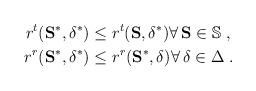
LaTeX: \begin{align*}r^t(\mathbf{S}^*, \delta^*) &\leq r^t(\mathbf{S}, \delta^*) \forall \,\mathbf{S} \in \mathbb{S}\;, \\r^r(\mathbf{S}^*, \delta^*) &\leq r^r(\mathbf{S}^*, \delta) \forall \,\delta \in \Delta\;.\end{align*}